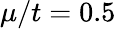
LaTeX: \mu/t=0.5